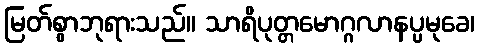
မြတ်စွာဘုရားသည်။ သာရိပုတ္တမောဂ္ဂလာနပ္ပမုခေ၊